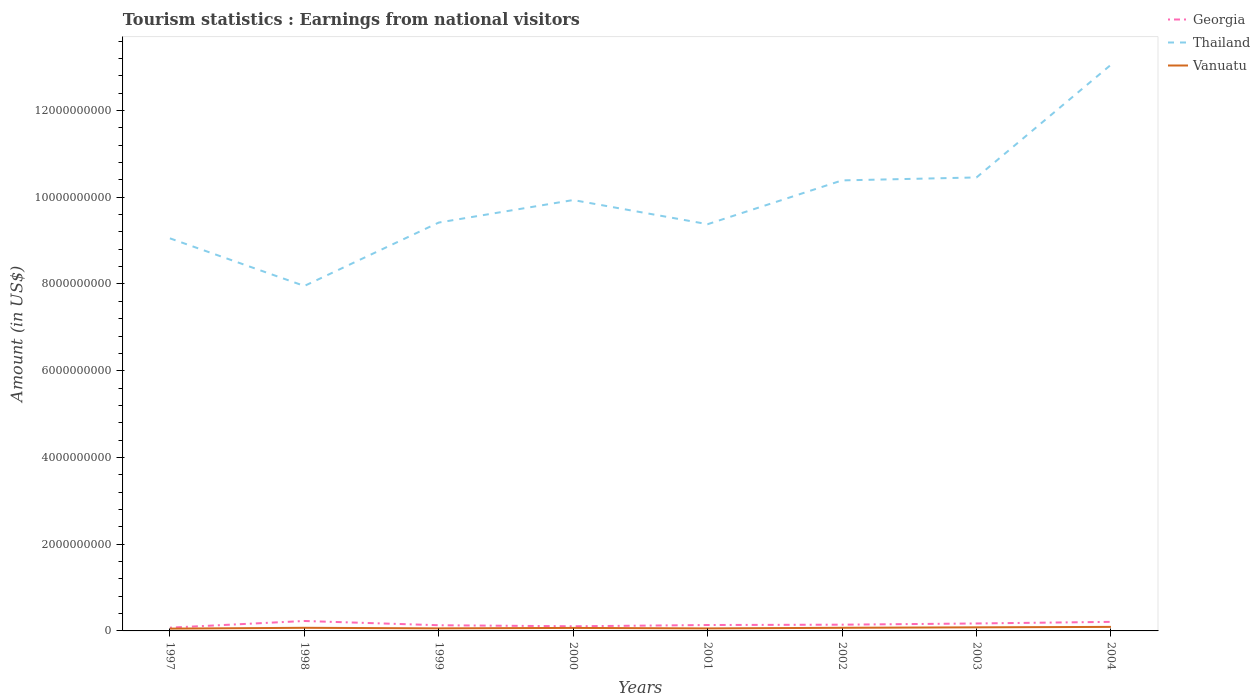
| Years | Georgia | Thailand | Vanuatu |
 | --- | --- | --- | --- |
 | 1997 | 7.5e+07 | 9.05e+09 | 5.3e+07 |
 | 1998 | 2.29e+08 | 7.95e+09 | 7.2e+07 |
 | 1999 | 1.31e+08 | 9.42e+09 | 5.9e+07 |
 | 2000 | 1.07e+08 | 9.94e+09 | 6.9e+07 |
 | 2001 | 1.36e+08 | 9.38e+09 | 5.8e+07 |
 | 2002 | 1.44e+08 | 1.04e+10 | 7.2e+07 |
 | 2003 | 1.72e+08 | 1.05e+10 | 8.3e+07 |
 | 2004 | 2.09e+08 | 1.31e+10 | 9.3e+07 |